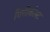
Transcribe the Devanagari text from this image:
गिनीकोस्ट